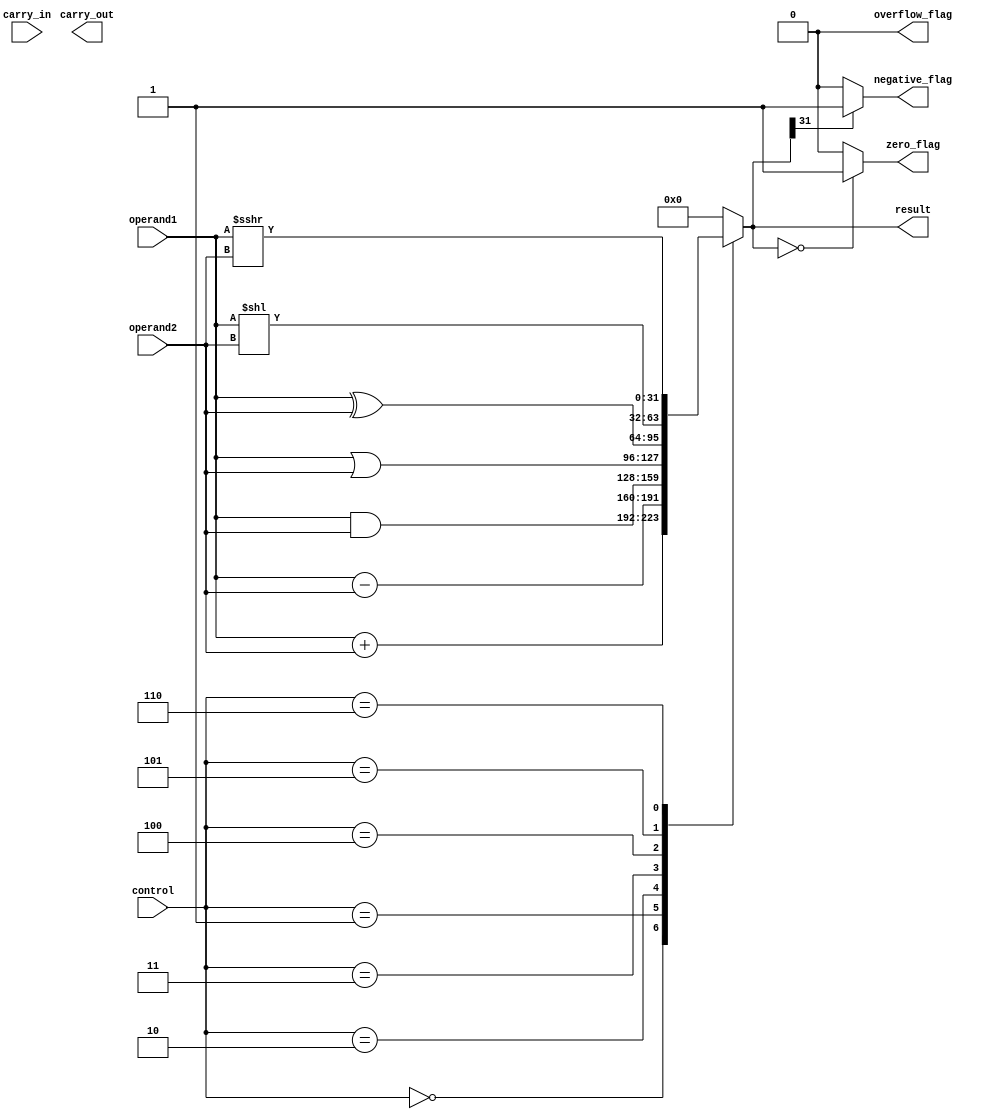
module ALU (
    input [31:0] operand1,
    input [31:0] operand2,
    input [2:0] control,
    input carry_in,
    output [31:0] result,
    output zero_flag,
    output negative_flag,
    output overflow_flag,
    output carry_out
);

reg [31:0] result_reg;
reg zero_flag_reg, negative_flag_reg, overflow_flag_reg, carry_out_reg;

always @(*) begin
    case (control)
        3'b000: result_reg = operand1 + operand2; // Addition
        3'b001: result_reg = operand1 - operand2; // Subtraction
        3'b010: result_reg = operand1 & operand2; // Bitwise AND
        3'b011: result_reg = operand1 | operand2; // Bitwise OR
        3'b100: result_reg = operand1 ^ operand2; // Bitwise XOR
        3'b101: result_reg = operand1 << operand2; // Shift left
        3'b110: result_reg = operand1 >>> operand2; // Shift right
        default: result_reg = 32'b0;
    endcase
end

assign result = result_reg;
assign zero_flag = (result_reg == 32'b0) ? 1'b1 : 1'b0;
assign negative_flag = (result_reg[31] == 1) ? 1'b1 : 1'b0;
assign overflow_flag = 1'b0; // Not implemented for now
assign carry_out = carry_out_reg;

endmodule